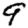
Digit: 9